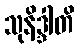
သုနိဒ္ဒါတိ